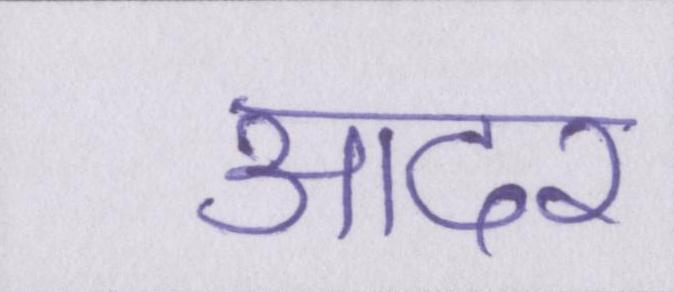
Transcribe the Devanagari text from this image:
आदर